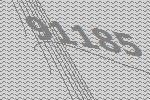
91185